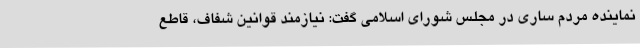
نماینده مردم ساری در مجلس شورای اسلامی گفت: نیازمند قوانین شفاف، قاطع